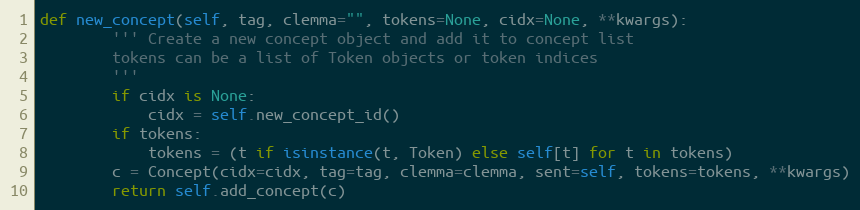
Language: Python
def new_concept(self, tag, clemma="", tokens=None, cidx=None, **kwargs):
        ''' Create a new concept object and add it to concept list
        tokens can be a list of Token objects or token indices
        '''
        if cidx is None:
            cidx = self.new_concept_id()
        if tokens:
            tokens = (t if isinstance(t, Token) else self[t] for t in tokens)
        c = Concept(cidx=cidx, tag=tag, clemma=clemma, sent=self, tokens=tokens, **kwargs)
        return self.add_concept(c)